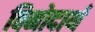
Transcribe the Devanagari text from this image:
विनोदार्थ